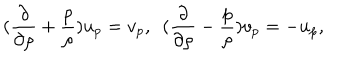
LaTeX: ( { \frac { \partial } { \partial \rho } } + { \frac { p } { \rho } } ) u _ { p } = v _ { p } , ~ ~ ( { \frac { \partial } { \partial \rho } } - { \frac { p } { \rho } } ) v _ { p } = - u _ { p } ,